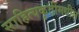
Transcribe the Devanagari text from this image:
साहित्यकृतींमधील